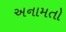
અનામતો